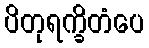
ပိတုရက္ခိတံပေ